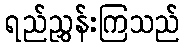
ရည်ညွှန်းကြသည်